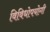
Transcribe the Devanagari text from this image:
विविधोपयोगी